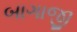
બાગાજી